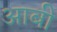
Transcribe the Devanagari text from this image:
आबी